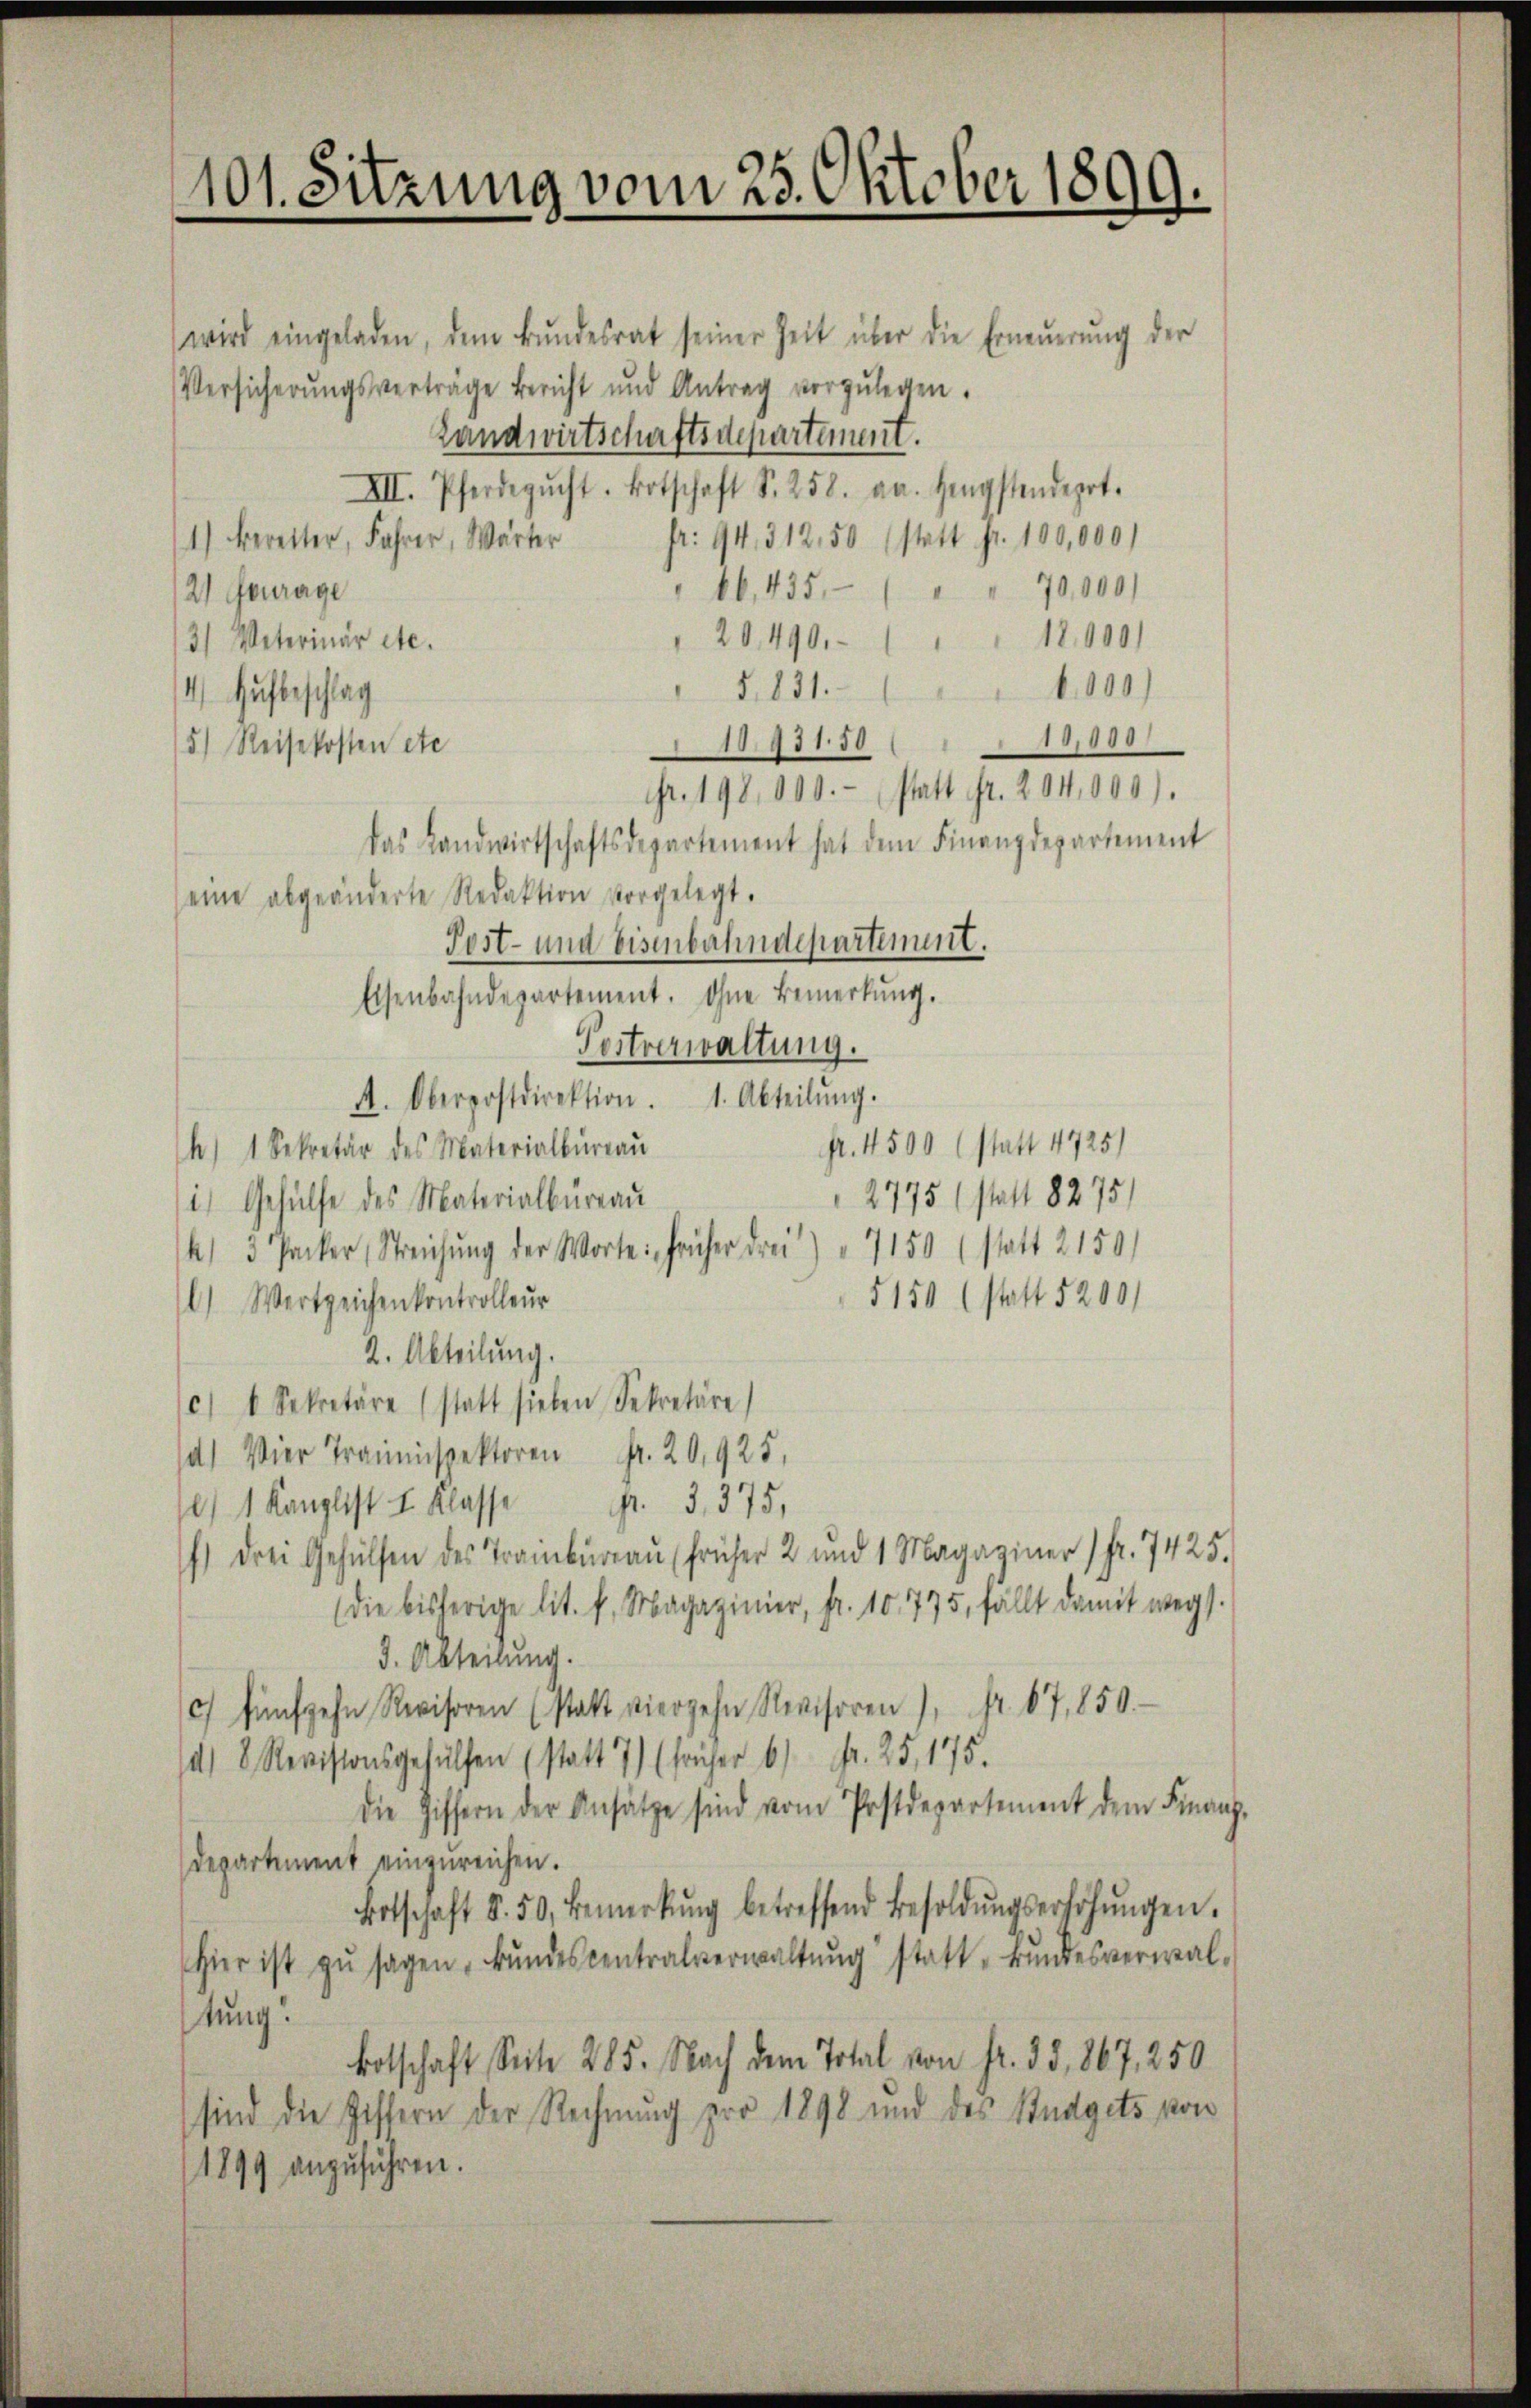
101. Sitzung vom 23. Oktober 1899.

wird eingeladen, dem Bŭndesrat seiner Zeit über die Erneŭerŭng der
Versicherŭngsverträge bericht und Antrag vorzŭlegen.
Landwirtschaftsdepartement.
XII. Pferdegŭcht. Botschaft S. 258. an. Hengstendert.
fr. 94. 312,50 (statt fr. 100,000)
1) beretter, Fahrer, Wärter
66, 435 " " " 70,000)
2) Fourage
20, 490. " " " 18,000)
3) Veterinar etc.
6,000)
§. 831.
4) Aufbeschlag
18,800
10.931.50
5.) Reisekosten etc.
statt Fr. 204,000).
Fr. 198,000.
das Landwirtschaftsdepartement hat dem Finanzdepartement
eine abgeänderte Redaktion vorgelegt.
Post- und Eisenbahndepartement.
Eisenbahndepartement. Ohne Bemerkŭng.
Postverwaltung.
A. Oberpostdirektion. 1. Abteilŭng.
Fr. 4500 (statt 4725)
h) 1 Sekretär des Materialbŭrgaŭ
2775 (statt 8275)
i) Gehülfe des Materialbüreau
4) 3 Packer, Streichŭng der Worte: früher drei) " 7150 (statt 2150
5150 (statt 5200)
) Wertzeichenkontrolleur
2. Abteilung.
c) k Sekretäre (statt sieben Sekretäre)
a) Vier Trauenspektoren Fr. 20,925,
/ 1 Kanzlist I. Klasse Fr. 3, 375,
) drei Gehülfen des Trainbureau früher 2 und 1 Magaziner 1 Fr. 7425.
die bisherige lit. f. Magazinier, fr. 10775, fällt damit wegs.
3. Abteilung.
) fünfzehn Revisoren (statt vierzehn Revisoren), Fr. 67,850.
4/8 Revisionsgehülfen (statt 7) (früher 6) Fr. 25, 175.
die Ziffern der Ansätze sind vom Postdepartement dem Finanz-
Departement einzureichen.
Botschaft S. 50. Bemerkŭng betreffend Besoldŭngserhöhŭngen.
Hier ist zŭ sagen, bŭndescentralverwaltŭng statt. Bŭndesverwal-
tung.
Botschaft Seite 285. Nach dem Total von Fr. 35, 867, 250
sind die Ziffern der Rechnung pro 1898 und des Budgets von
1899 anzuführen.